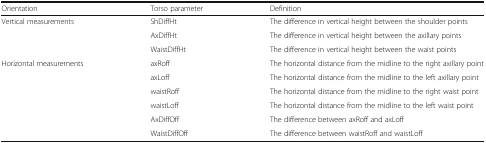
<table><thead><tr><td><b>Orientation</b></td><td><b>Torso parameter</b></td><td><b>Definition</b></td></tr></thead><tbody><tr><td rowspan="3">Vertical measurements</td><td>ShDiffHt</td><td>The difference in vertical height between the shoulder points</td></tr><tr><td>AxDiffHt</td><td>The difference in vertical height between the axillary points</td></tr><tr><td>WaistDiffHt</td><td>The difference in vertical height between the waist points</td></tr><tr><td rowspan="6">Horizontal measurements</td><td>axRoff</td><td>The horizontal distance from the midline to the right axillary point</td></tr><tr><td>axLoff</td><td>The horizontal distance from the midline to the left axillary point</td></tr><tr><td>waistRoff</td><td>The horizontal distance from the midline to the right waist point</td></tr><tr><td>waistLoff</td><td>The horizontal distance from the midline to the left waist point</td></tr><tr><td>AxDiffOff</td><td>The difference between axRoff and axLoff</td></tr><tr><td>WaistDiffOff</td><td>The difference between waistRoff and waistLoff</td></tr></tbody></table>